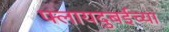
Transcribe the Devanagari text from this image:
फ्लायदुबईच्या